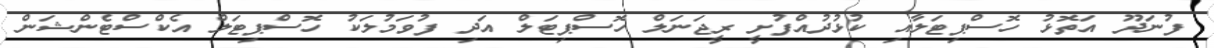
ފުނަދޫ އަތޮޅު ހޮސްޕިޓަލާއި ކުޅުދުއްފުށީ ރީޖަނަލް ހޮސްޕިޓަލް އަދި ފުވަމުލަކު ހޮސްޕިޓަލް އެކްސްޓެންޝަން